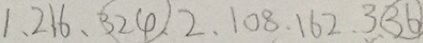
1 , 2 1 6 , \textcircled { 3 2 4 } , 2 , 1 0 8 , 1 6 2 , 3 \textcircled { 3 6 }